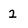
Character: 2